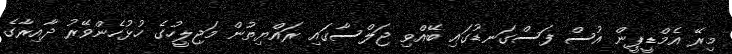
މިރޭ އެމްޑީޕީން އުސް ފަސްގަނޑުގައި ބޭއްވި ޖަލްސާގައި ރައްޔިތުން މަޖިލީހުގެ ހުޅުހެންވޭރު ދާއިރާގެ